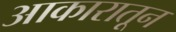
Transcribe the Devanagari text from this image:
आकारातून